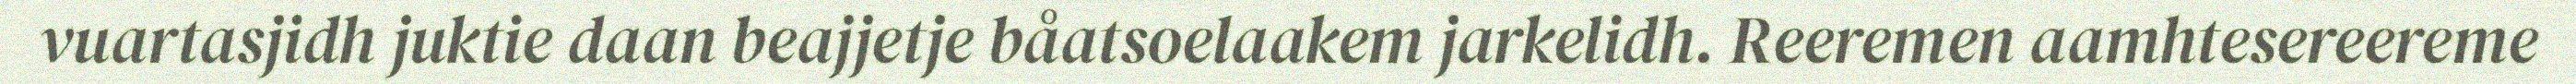
vuartasjidh juktie daan beajjetje båatsoelaakem jarkelidh. Reeremen aamhtesereereme